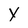
Character: y